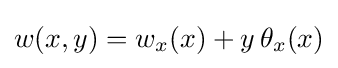
w(x,y)=w_{x}(x)+y\,\theta _{x}(x)